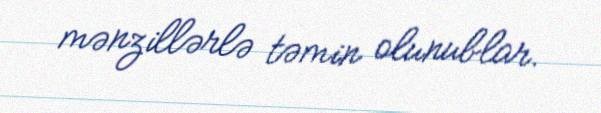
mənzillərlə təmin olunublar.